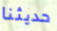
حديثنا